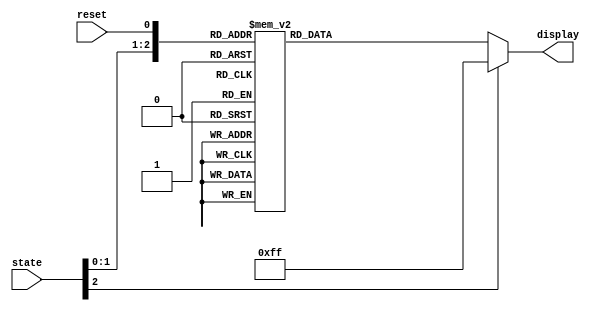
module sevenseg(
    input [2:0] state,
    input reset,
    output reg [7:0] display
);

always @ (state)
   begin
      case({state, reset})
         {3'b000, 1'b1}: display = 8'b11_00_00_00; //0
		 {3'b001, 1'b1}: display = 8'b11_00_00_00; //0
		 {3'b010, 1'b1}: display = 8'b11_00_00_00; //0
		 {3'b011, 1'b1}: display = 8'b11_00_00_00; //0
         {3'b000, 1'b0}: display = 8'b11_11_10_01; //1
         {3'b001, 1'b0}: display = 8'b10_10_01_00; //2
         {3'b010, 1'b0}: display = 8'b10_11_00_00; //3
         {3'b011, 1'b0}: display = 8'b10_01_10_01; //4
         default: display = 8'b11_11_11_11; //blank
      endcase
   end
endmodule